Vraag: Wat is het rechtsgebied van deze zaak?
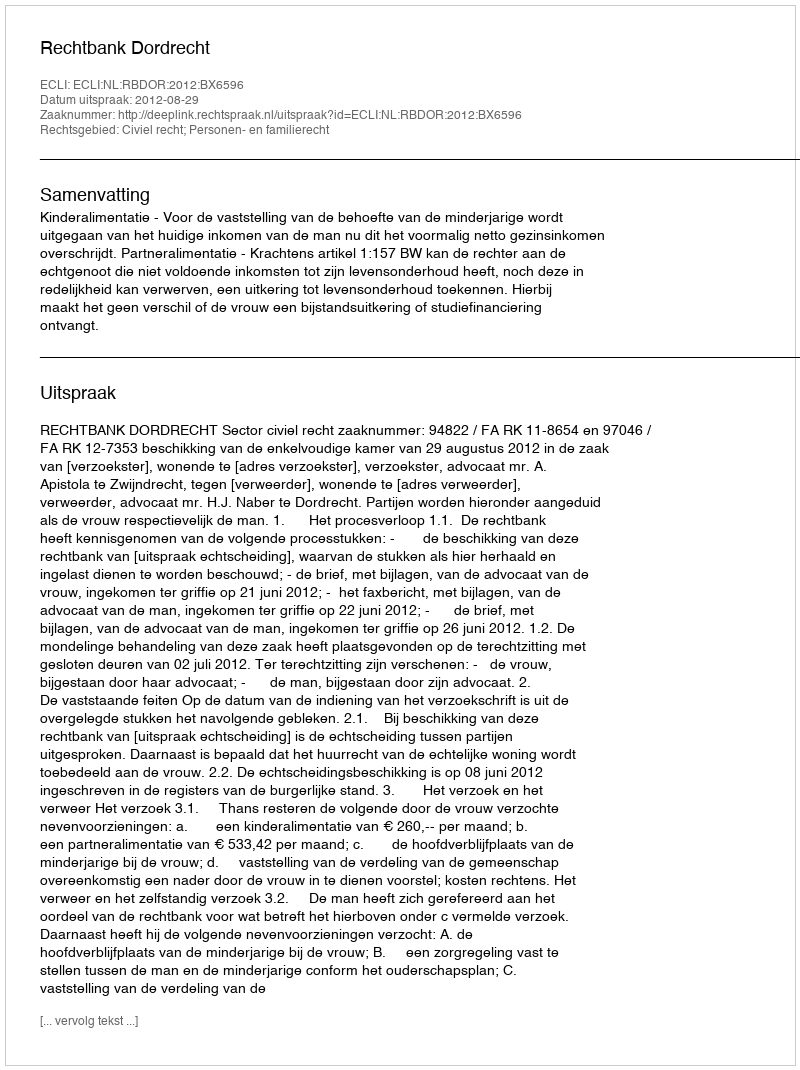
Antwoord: Civiel recht; Personen- en familierecht